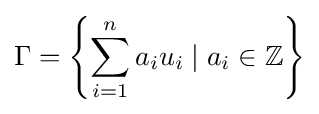
\Gamma =\left\{\sum _{i=1}^{n}a_{i}u_{i}\;|\;a_{i}\in \mathbb {Z} \right\}